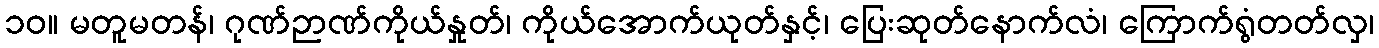
၁၀။ မတူမတန်၊ ဂုဏ်ဉာဏ်ကိုယ်နှုတ်၊ ကိုယ်အောက်ယုတ်နှင့်၊ ပြေးဆုတ်နောက်လံ၊ ကြောက်ရွံတတ်လှ၊